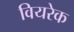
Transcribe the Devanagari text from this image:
वियरेक